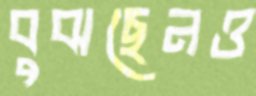
বুঝছেনও